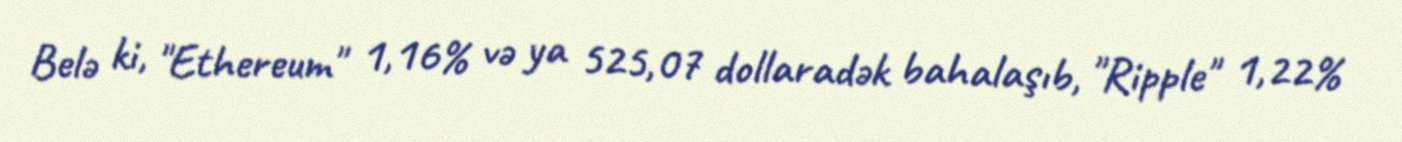
Belə ki, "Ethereum" 1,16% və ya 525,07 dollaradək bahalaşıb, "Ripple" 1,22%